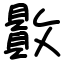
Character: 贁